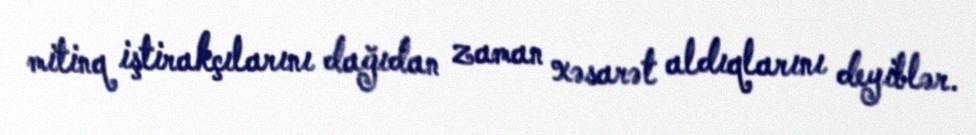
mitinq iştirakçılarını dağıdan zaman xəsarət aldıqlarını deyiblər.